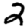
Digit: 2